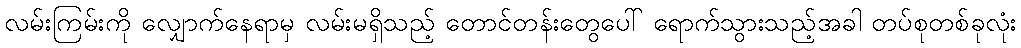
လမ်းကြမ်းကို လျှောက်နေရာမှ လမ်းမရှိသည့် တောင်တန်းတွေပေါ် ရောက်သွားသည့်အခါ တပ်စုတစ်ခုလုံး